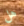
هل